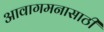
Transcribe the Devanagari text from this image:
आवागमनासाठी